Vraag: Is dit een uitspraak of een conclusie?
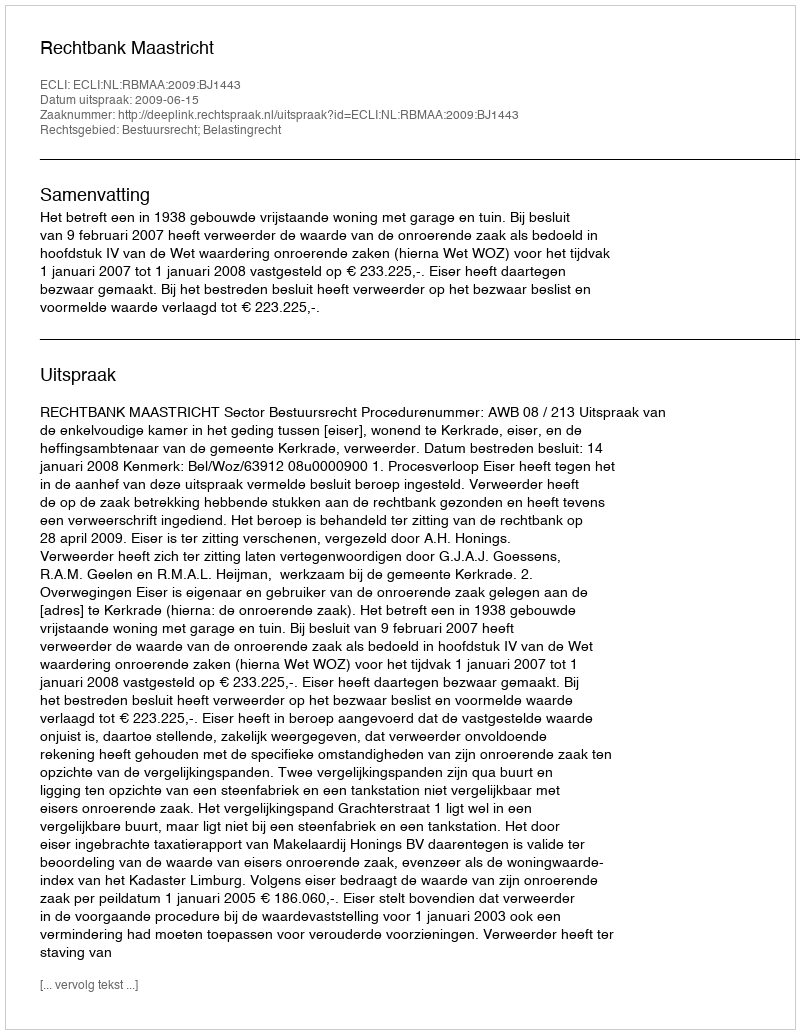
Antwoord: Uitspraak